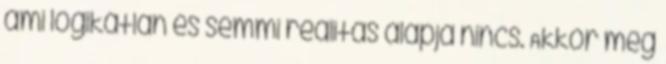
ami logikátlan és semmi realitás alapja nincs. Akkor meg